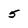
Character: 5